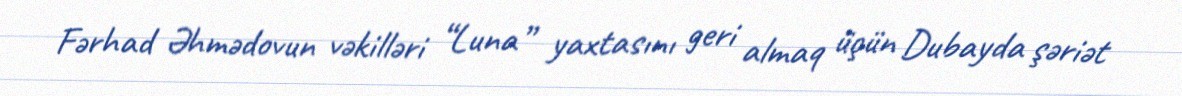
Fərhad Əhmədovun vəkilləri “Luna” yaxtasını geri almaq üçün Dubayda şəriət